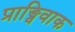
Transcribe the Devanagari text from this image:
प्राङ्विवाक